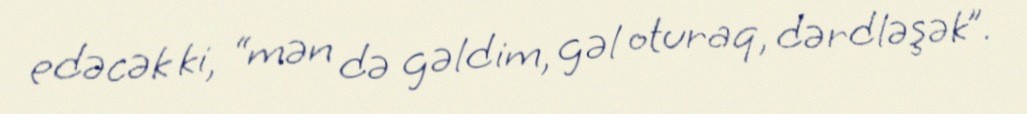
edəcək ki, “mən də gəldim, gəl oturaq, dərdləşək”.